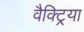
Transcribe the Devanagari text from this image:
वैक्ट्रिया